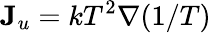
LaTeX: \mathbf{J}_{u}=kT^{2}\nabla(1/T)